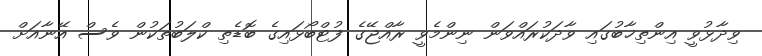
ވިދާޅުވީ އިންތިޚާބުގައި ވާދަކުރައްވަން ނިންމެވީ ރާއްޖޭގެ ފުޓްބޯޅައިގެ ބޮޑެތި ކްލަބުތަކުން ވެސް އޭނާއަށް